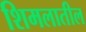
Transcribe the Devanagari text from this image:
शिमलातील